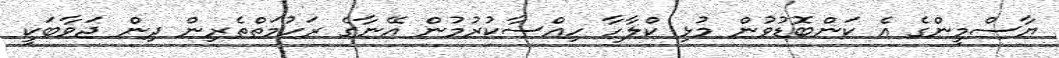
ޔާސްމީންގެ އެ ކަންބޮޑުވުން މުޅި ކްލާހާ ހިއްސާކުރުމުން އޭނާގެ ރަހުމަތްތެރިން ދިން ޖަވާބަކީ